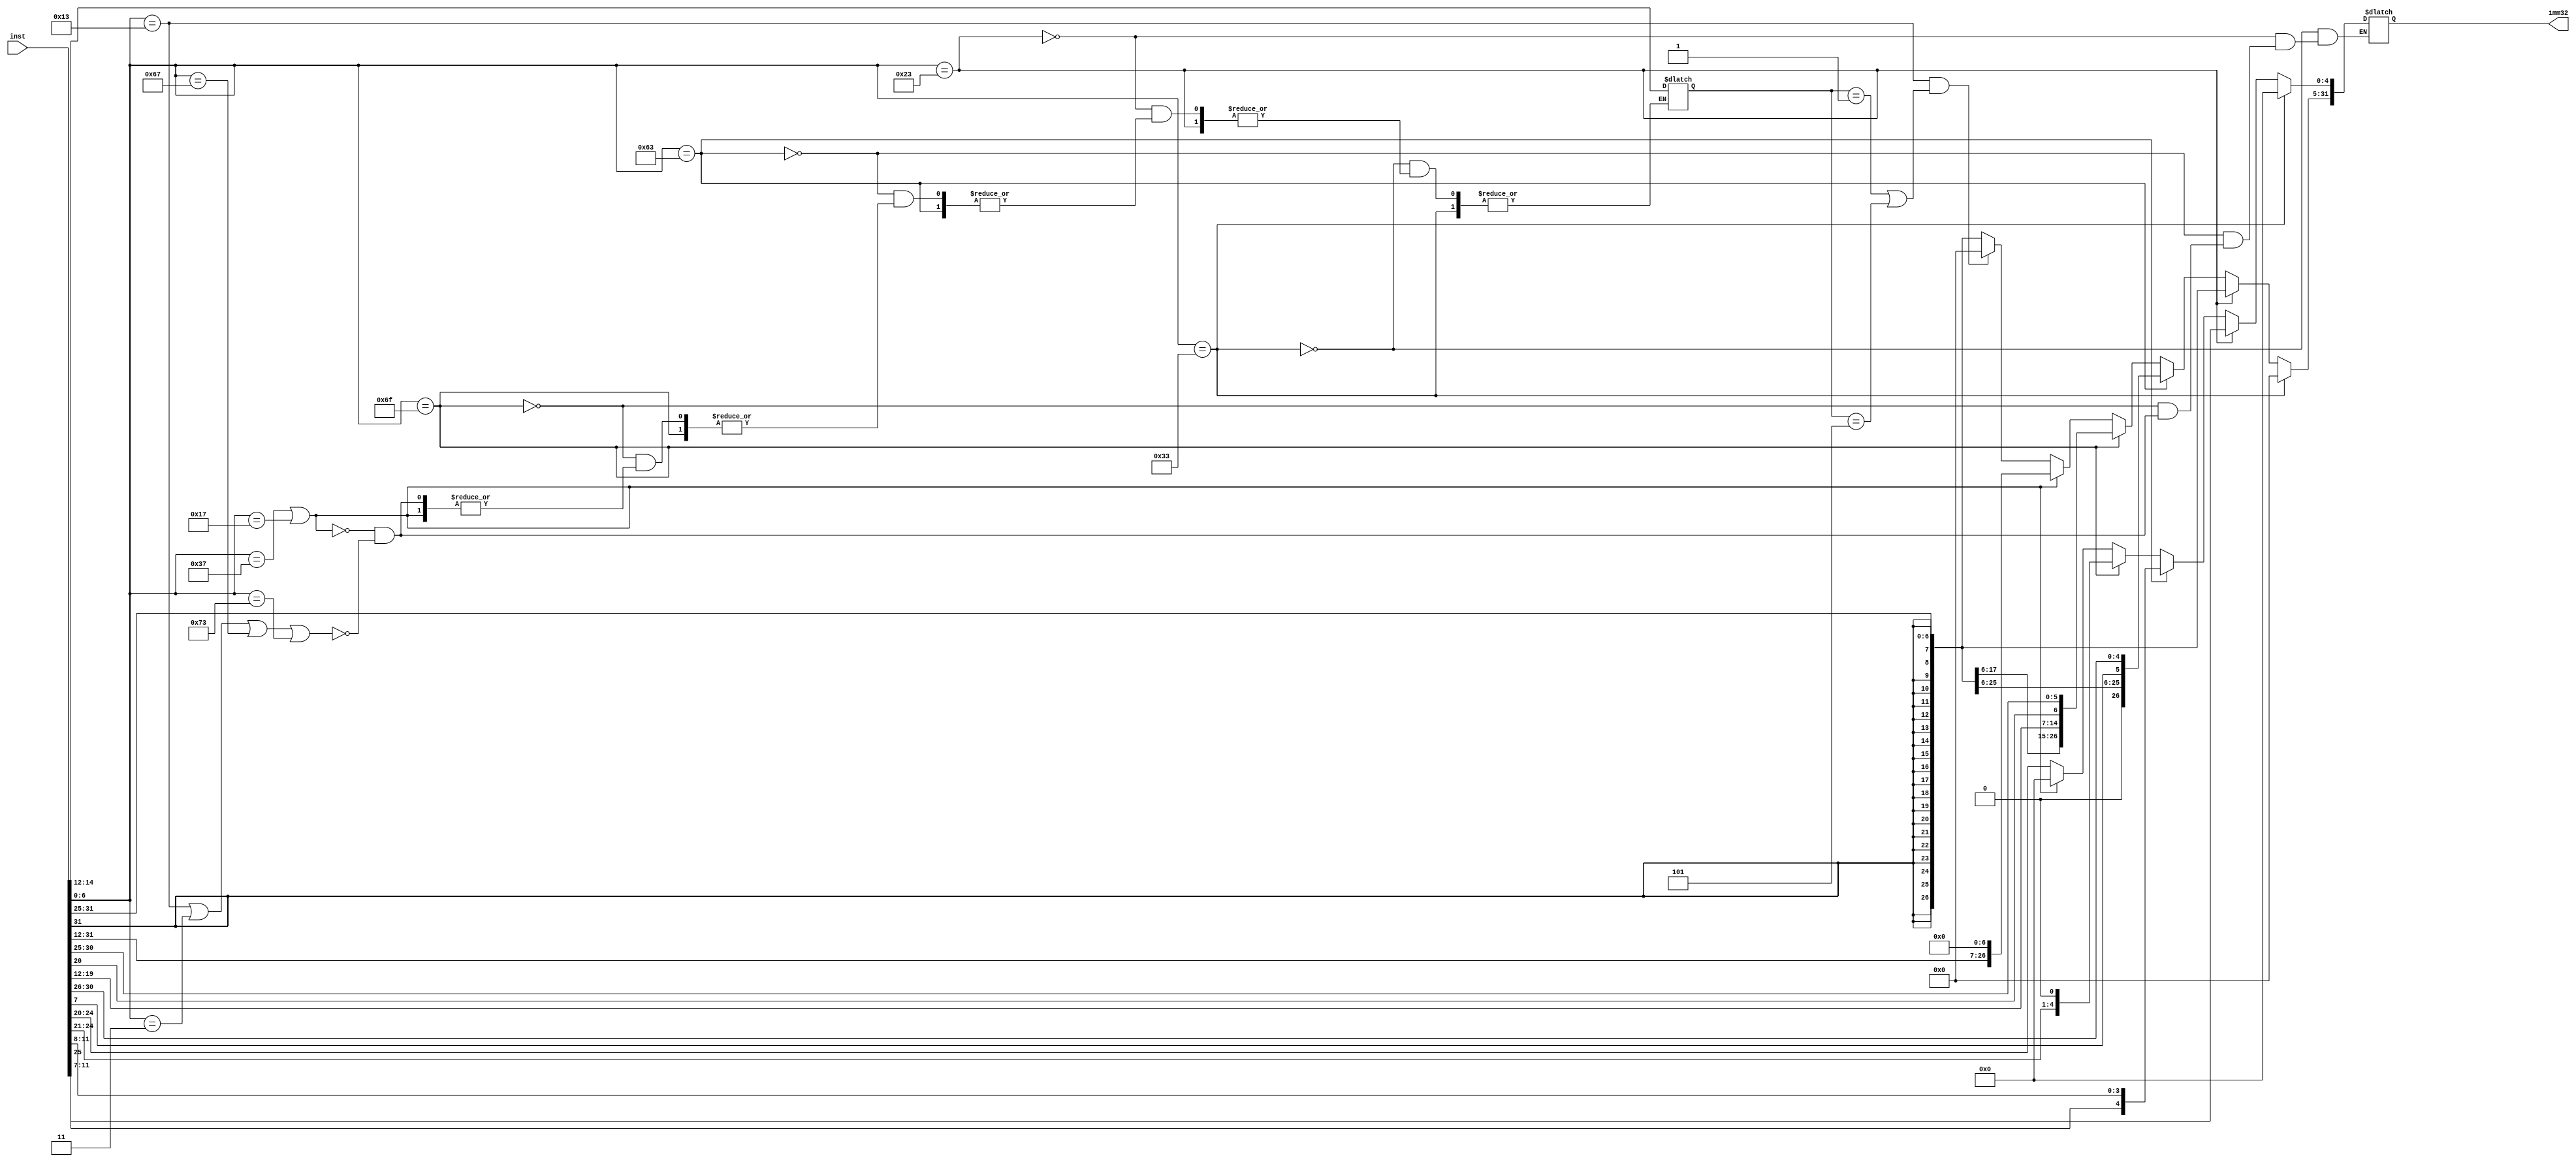
module ImmU (
    input[31:0] inst,
    output reg[31:0] imm32 
);
    reg[6:0] opcode;
    reg[2:0] funct3;
    always @(*) begin
        opcode<=inst[6:0];
        // R
        if(opcode == 7'b0110011) begin
            imm32<=32'b0;
        end
        // S
        else if(opcode==7'b0100011) begin
            imm32<={{20{inst[31]}},inst[31:25],inst[11:7]};
        end
        // B
        else if(opcode==7'b1100011) begin
            imm32<={{20{inst[31]}},inst[7],inst[30:25],inst[11:8]};
        end
        // J
        else if(opcode==7'b1101111) begin
            imm32<={{12{inst[31]}},inst[19:12],inst[20],inst[30:21],1'b0};
        end
        // U
        else if(opcode==7'b0110111 || opcode==7'b0010111)begin
            imm32<={inst[31:12],12'b0};
        end
        // I
        else if (opcode==7'b0010011||opcode==7'b0000011||opcode==7'b1100111||opcode==7'b1110011) begin
            imm32<={{20{inst[31]}},inst[31:20]};
            funct3<=inst[14:12];
            if (opcode==7'b0010011&&(funct3==3'b001||funct3==3'b101)) begin
                imm32[31:5]<=27'b0;
            end
        end
    end
    
endmodule